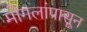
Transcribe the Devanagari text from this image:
मोगलांपासून